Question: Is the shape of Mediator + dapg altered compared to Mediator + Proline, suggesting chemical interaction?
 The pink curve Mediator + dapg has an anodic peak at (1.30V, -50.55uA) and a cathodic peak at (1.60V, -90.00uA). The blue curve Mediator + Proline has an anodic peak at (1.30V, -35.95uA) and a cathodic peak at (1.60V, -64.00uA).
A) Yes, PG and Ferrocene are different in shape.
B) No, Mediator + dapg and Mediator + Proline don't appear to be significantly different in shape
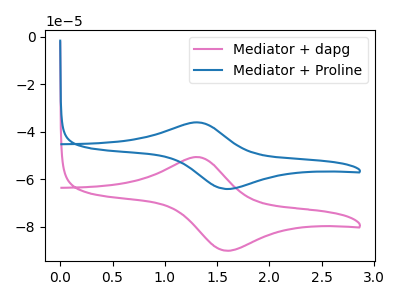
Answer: <think>All the peaks in "Mediator + dapg" have a peak in "Mediator + Proline" at the same potential.
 </think>
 <answer>B) No, "Mediator + dapg" and "Mediator + Proline" don't appear to be significantly different in shape</answer>
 <eval>B</eval>